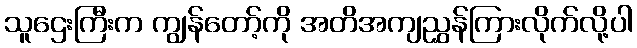
သူဌေးကြီးက ကျွန်တော့်ကို အတိအကျညွှန်ကြားလိုက်လို့ပါ